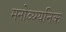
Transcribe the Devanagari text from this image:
मनोव्य्ग्यनिक